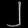
Digit: ၂